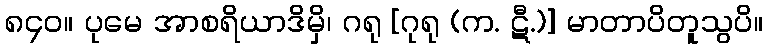
၈၄၀။ ပုမေ အာစရိယာဒိမှိ၊ ဂရု [ဂုရု (က. ဋီ.)] မာတာပိတူသွပိ။